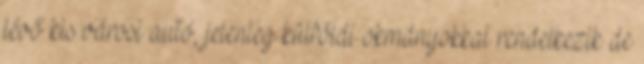
lévő kis városi autó, jelenleg külföldi okmányokkal rendelkezik de